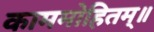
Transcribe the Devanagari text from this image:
काममोहितम्॥